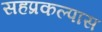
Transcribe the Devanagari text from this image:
सहप्रकल्पास